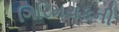
ગિરિમથકની